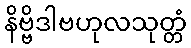
နိဗ္ဗိဒါဗဟုလသုတ္တံ